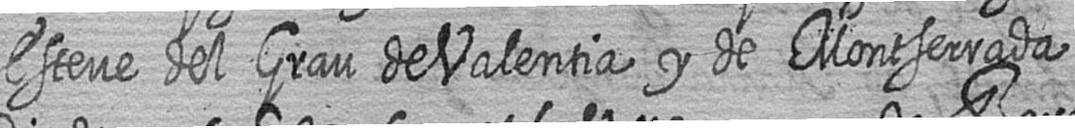
Esteve del Grau de Valentia y de Montserrada